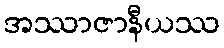
အဿာဇာနီယဿ